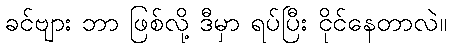
ခင်ဗျား ဘာ ဖြစ်လို့ ဒီမှာ ရပ်ပြီး ငိုင်နေတာလဲ။